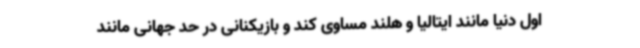
اول دنیا مانند ایتالیا و هلند مساوی کند و بازیکنانی در حد جهانی مانند